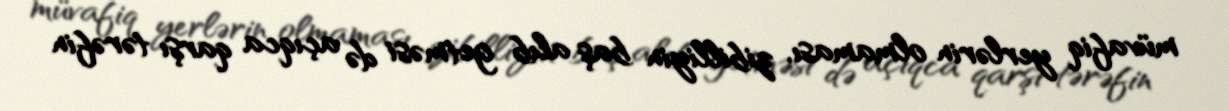
müvafiq yerlərin olmaması, zibilliyin baş alıb getməsi də açıqca qarşı tərəfin